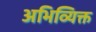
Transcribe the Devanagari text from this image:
अभिव्यिक्त